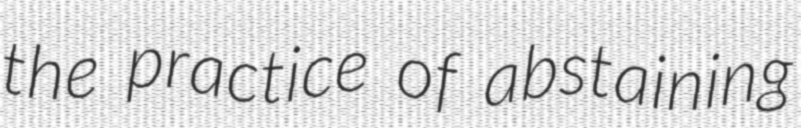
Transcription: the practice of abstaining